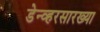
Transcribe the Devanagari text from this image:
डेन्व्हरसारख्या